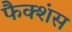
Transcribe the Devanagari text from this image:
फैक्शंस